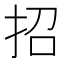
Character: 招